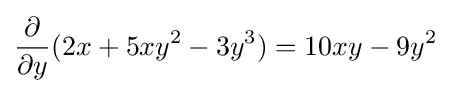
{\frac {\partial }{\partial y}}(2x+5xy^{2}-3y^{3})=10xy-9y^{2}